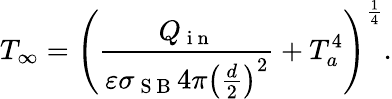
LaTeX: T_{\infty}=\left(\frac{Q_{\mathrm{~i~n~}}}{\varepsilon\sigma_{\mathrm{~S~B~}}4\pi\left(\frac{d}{2}\right)^{2}}+T_{a}^{4}\right)^{\frac{1}{4}}.